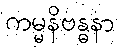
ကမ္မနိဗန္ဓနာ